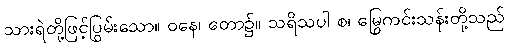
သားရဲတို့ဖြင့်ပြွမ်းသော။ ဝနေ၊ တော၌။ သရိသပါ စ၊ မြွေကင်းသန်းတို့သည်